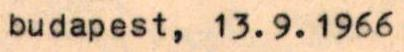
budapest, 13.9.1966